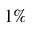
1 \%